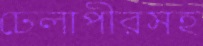
ঢেলাপীরসহ